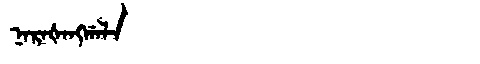
Manchu: ᠨᠠᡵᠠᡧᠠᠩᡤᠠᠯᠠ
Romanization: NARAŠANGGALA